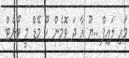
މައި ލައިފް ..ޔޫ އާ ދަ ވޮމެން ހޫ މޭޑް މީ ވޯންޓް